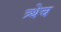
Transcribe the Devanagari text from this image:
त्र्थेच